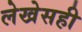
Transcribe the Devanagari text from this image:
लेखेसही